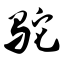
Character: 驼